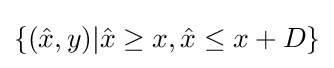
\{({\hat {x}},y)|{\hat {x}}\geq x,{\hat {x}}\leq x+D\}